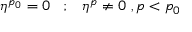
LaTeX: \eta ^ { p _ { 0 } } = 0 \; \; \; ; \; \; \; \eta ^ { p } \neq 0 \; , p < p _ { 0 }